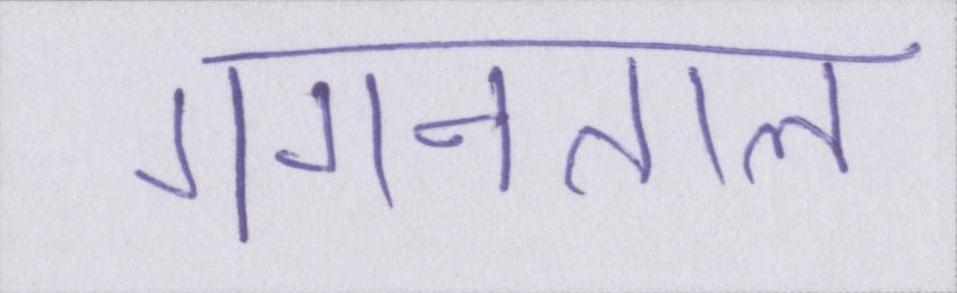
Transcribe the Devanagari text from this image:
गगनताल